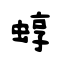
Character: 蜳